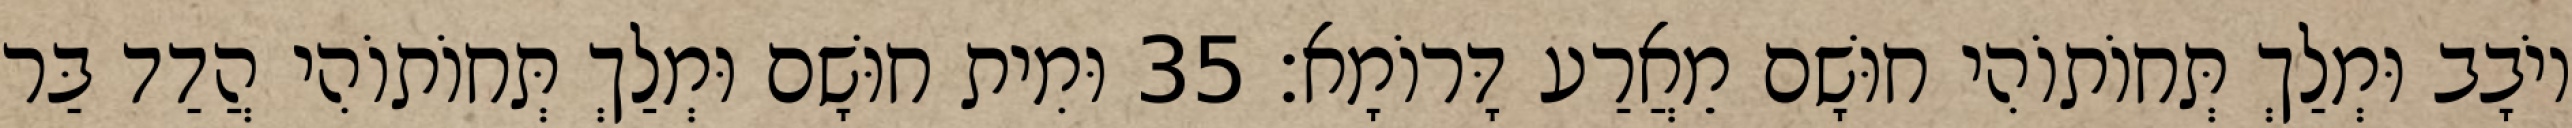
יוֹבָב וּמְלַךְ תְּחוֹתוֹהִי חוּשָׁם מֵאֲרַע דָּרוֹמָא׃ 35 וּמִית חוּשָׁם וּמְלַךְ תְּחוֹתוֹהִי הֲדַד בַּר